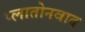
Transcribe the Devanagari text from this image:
प्लातोनवाद